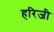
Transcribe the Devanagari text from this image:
हरिजी